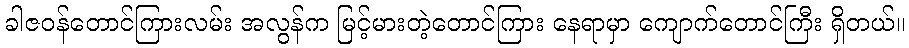
ခါဇဝန်တောင်ကြားလမ်း အလွန်က မြင့်မားတဲ့တောင်ကြား နေရာမှာ ကျောက်တောင်ကြီး ရှိတယ်။